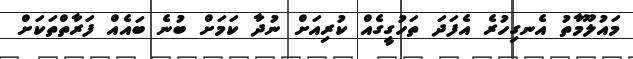
މައުލޫމާތު އެނގިހުރެ އެފަދަ ތަހުގީގެއް ކުރިއަށް ނުދާ ކަމަށް ބުނެ ބައެއް ފަރާތްތަކަށް